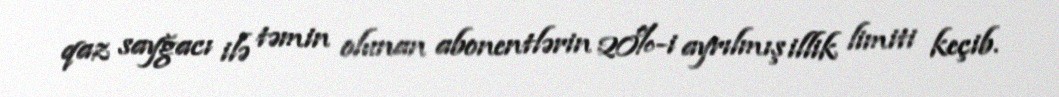
qaz sayğacı ilə təmin olunan abonentlərin 20%-i ayrılmış illik limiti keçib.